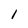
Character: 1